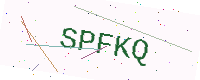
Text: SPFKQ